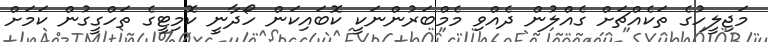
މަޖިލީހުގެ ތަކެއްޗަށް ގެއްލުން ދެއްވި މެމްބަރުންނަކީ ކޮބައިކަން ހޯދާނީ ކޮމިޓީގެ ތަހްގީގުން ކަމަށް